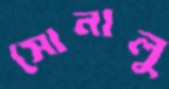
সোনালু